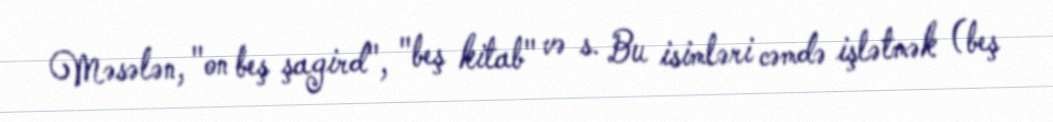
Məsələn, "on beş şagird", "beş kitab" və s. Bu isimləri cəmdə işlətmək (beş